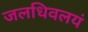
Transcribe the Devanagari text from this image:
जलधिवलयं